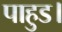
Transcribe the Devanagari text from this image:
पाहुड।